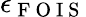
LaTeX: \epsilon_{\mathrm{~F~O~I~S~}}